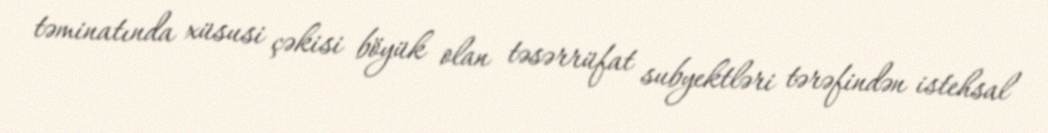
təminatında xüsusi çəkisi böyük olan təsərrüfat subyektləri tərəfindən istehsal